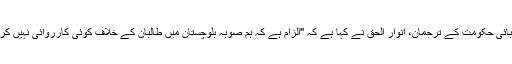
صوبائی حکومت کے ترجمان، انوار الحق نے کہا ہے کہ ''الزام ہے کہ ہم صوبہ بلوچستان میں طالبان کے خلاف کوئی کارروائی نہیں کرتے۔